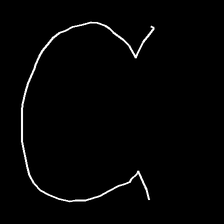
Glyph: weave